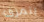
يتمزق